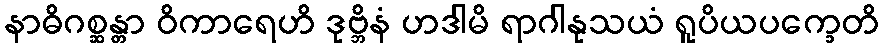
နာဓိဂစ္ဆန္တာ ဝိကာရေဟိ ဒုဗ္ဘိနံ ဟဒါမိ ရာဂါနုသယံ ရူပိယပက္ခေတိ